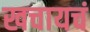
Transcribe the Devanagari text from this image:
खचायचं